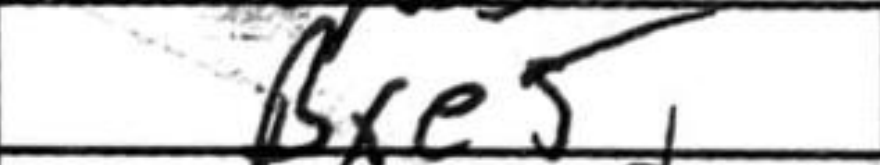
Transcription: Bxe5